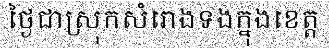
ថ្ងៃជាស្រុកសំរោងទងក្នុងខេត្ត